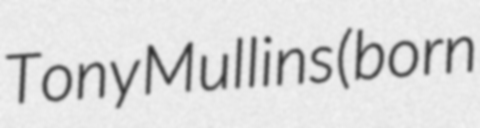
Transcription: Tony Mullins (born